Plague in India, 1896, 1897 - Volume 2
Year: 1896
Disease focus: Plague
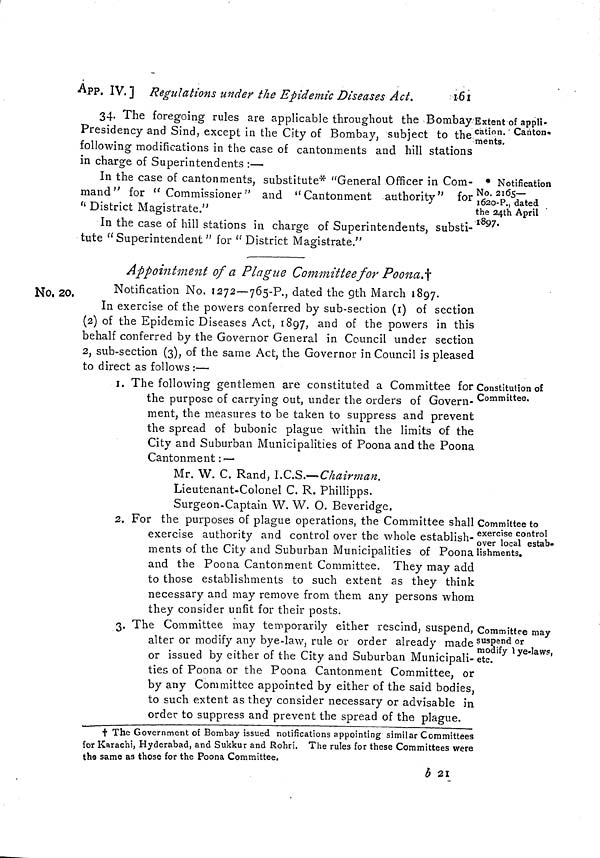
•App. IV. ] Regulations under the Epidemic Diseases Act.
161
Extent of appli-
cation. ' Canton«
ments.
34. The foregoing rules are applicable throughout the Bombay
Presidency and Sind, except in the City of Bombay, subject to the
following modifications in the case of cantonments and hill stations
in charge of Superintendents :—
* Notification
No. 2165—
1620-P., dated
the 24th April
1897.
In the case of cantonments, substitute* "General Officer in Com-
mand" for " Commissioner" and ''Cantonment authority" for
" District Magistrate.''
In the case of hill stations in charge of Superintendents, substi-
tute " Superintendent " for "District Magistrate."
Appointment of a Plague Committee for Poona.†
No, 20.
Notification No. 1272—765-P., dated the gth March 1897.
In exercise of the powers conferred by sub-section (I) of section
(2) of the Epidemic Diseases Act, 1897, and of the powers in this
behalf conferred by the Governor General in Council under section
2, sub-section (3), of the same Act, the Governor in Council is pleased
to direct as follows :—
Constitution of
Committee,
1. The following gentlemen are constituted a Committee for
the purpose of carrying out, under the orders of Govern-
ment, the measures to be taken to suppress and prevent
the spread of bubonic plague within the limits of the
City and Suburban Municipalities of Poona and the Poona
Cantonment : —
Mr. W. C. Rand, I.C.S.—Chairman.
Lieutenant-Colonel C. R. Phillipps.
Surgeon-Captain W. W. O. Beveridge.
Committee to
exercise control
over local estab-
lishments.
2. For the purposes of plague operations, the Committee shall
exercise authority and control over the whole establish-
ments of the City and Suburban Municipalities of Poona
and the Poona Cantonment Committee. They may add
to those establishments to such extent as they think
necessary and may remove from them any persons whom
they consider unfit for their posts.
Committee may
suspend or
modify lye-laws,
etc.
3. The Committee may temporarily either rescind, suspend,
alter or modify any bye-law, rule or order already made
or issued by either of the City and Suburban Municipali-
ties of Poona or the Poona Cantonment Committee, or
by any Committee appointed by either of the said bodies,
to such extent as they consider necessary or advisable in
order to suppress and prevent the spread of the plague.
t The Government of Bombay issued notifications appointing similar Committees
for Karachi, Hyderabad, and Sukkur and Rohri. The rules for these Committees were
the same as those for the Poona Committee.
b 21